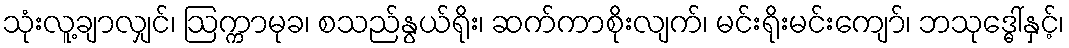
သုံးလူ့ချာလျှင်၊ ဩက္ကာမုခ၊ စသည်နွယ်ရိုး၊ ဆက်ကာစိုးလျက်၊ မင်းရိုးမင်းကျော်၊ ဘသုဒ္ဓေါ်နှင့်၊